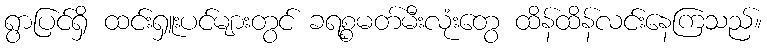
ရွာပြင်ရှိ ထင်းရှူးပင်များတွင် ခရစ္စမတ်မီးလုံးတွေ ထိန်ထိန်လင်းနေကြသည်။